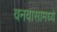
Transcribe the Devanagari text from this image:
वनवासामध्ये